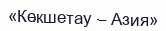
«Көкшетау – Азия»